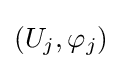
\left(U_{j},\varphi _{j}\right)